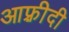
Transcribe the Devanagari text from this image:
आफ़्रीदी